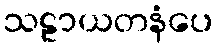
သဠာယတနံပေ